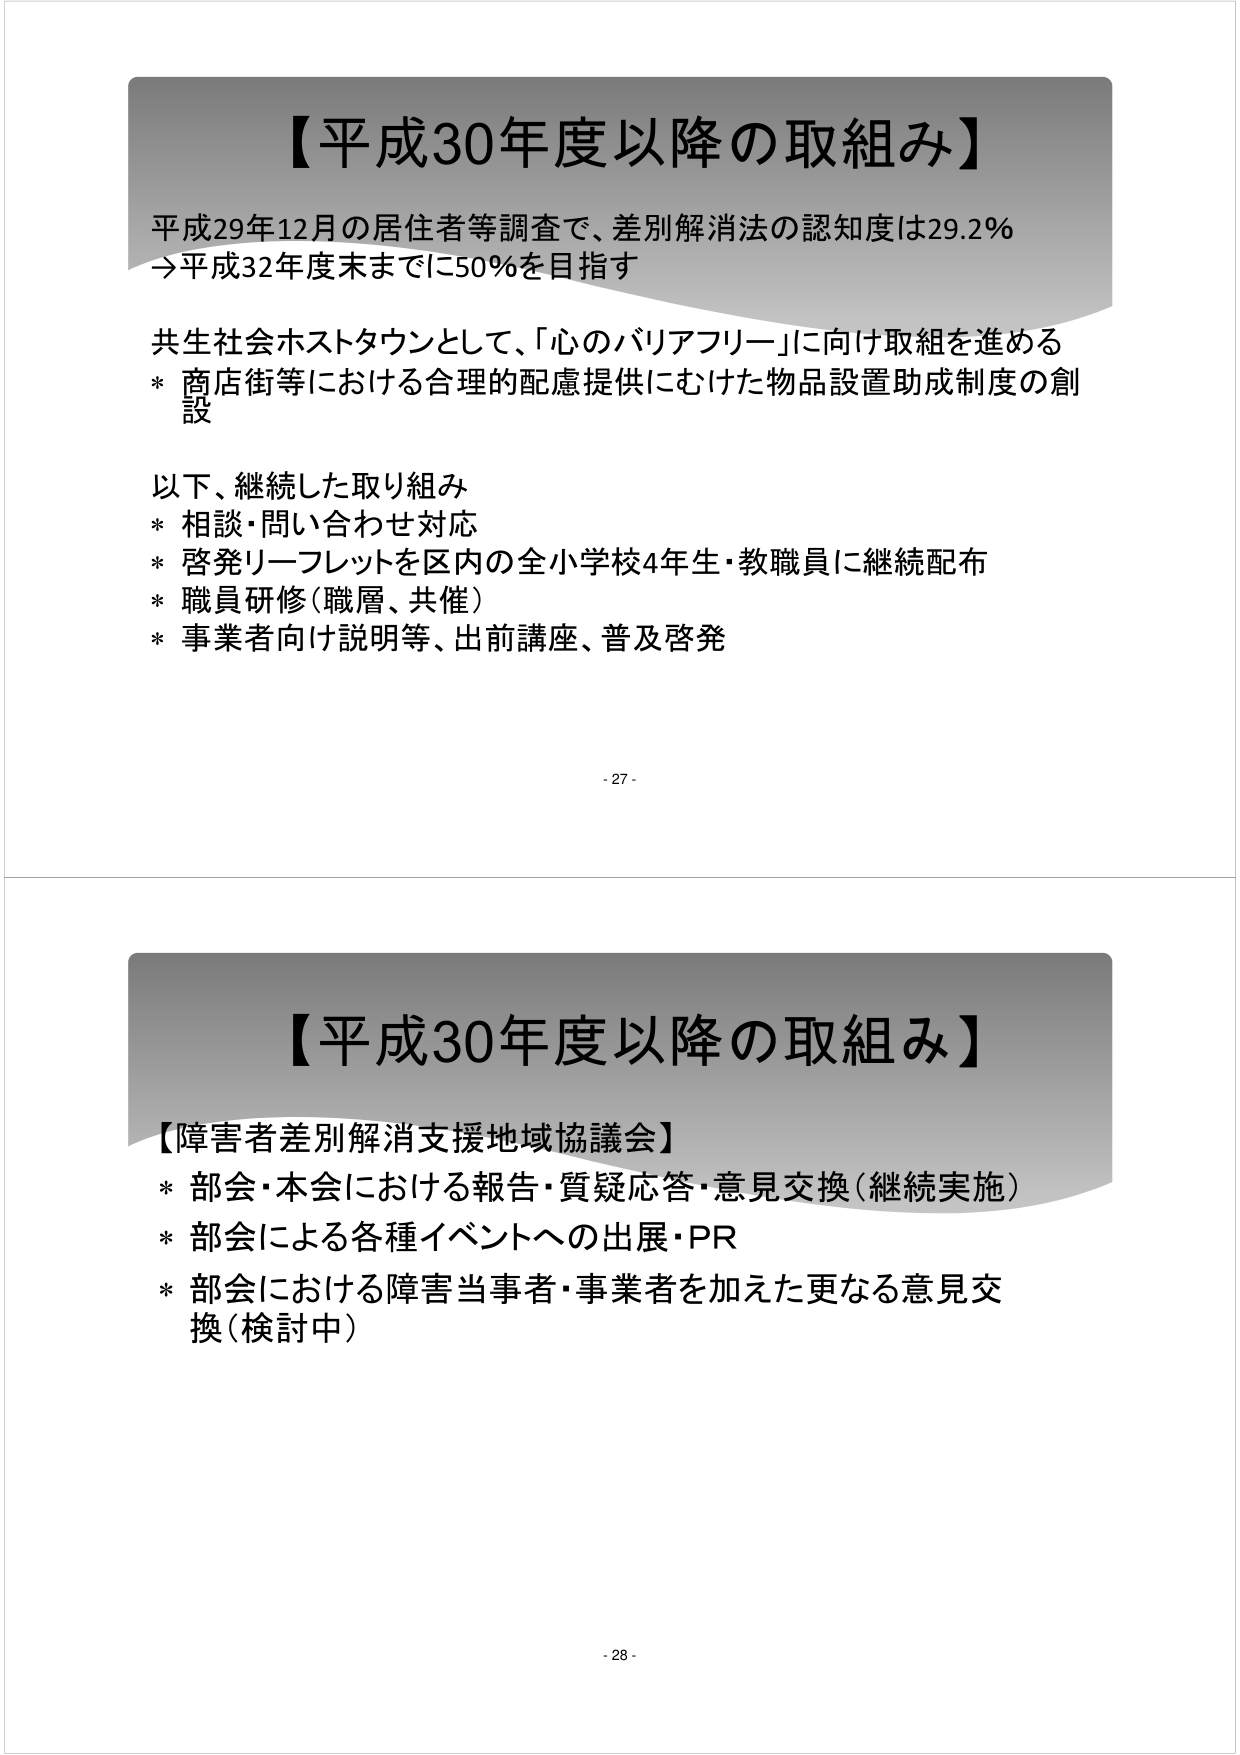
【平成30年度以降の取組み】
平成29年12月の居住者等調査で、差別解消法の認知度は29.2％
→平成32年度末までに50％を目指す
共生社会ホストタウンとして、「心のバリアフリー」に向け取組を進める
* 商店街等における合理的配慮提供にむけた物品設置助成制度の創設
以下、継続した取り組み
* 相談・問い合わせ対応
* 啓発リーフレットを区内の全小学校4年生・教職員に継続配布
* 職員研修（職層、共催）
* 事業者向け説明等、出前講座、普及啓発
- 27 -

【平成30年度以降の取組み】
【障害者差別解消支援地域協議会】
* 部会・本会における報告・質疑応答・意見交換（継続実施）
* 部会による各種イベントへの出展・PR
* 部会における障害当事者・事業者を加えた更なる意見交換（検討中）
- 28 -